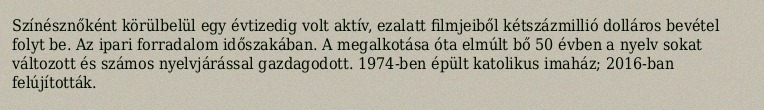
Színésznőként körülbelül egy évtizedig volt aktív, ezalatt filmjeiből kétszázmillió dolláros bevétel folyt be. Az ipari forradalom időszakában. A megalkotása óta elmúlt bő 50 évben a nyelv sokat változott és számos nyelvjárással gazdagodott. 1974-ben épült katolikus imaház; 2016-ban felújították.